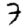
Digit: 7